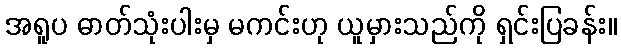
အရူပ ဓာတ်သုံးပါးမှ မကင်းဟု ယူမှားသည်ကို ရှင်းပြခန်း။